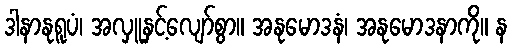
ဒါနာနုရူပံ၊ အလှူနှင့်လျော်စွာ။ အနုမောဒနံ၊ အနုမောဒနာကို။ န